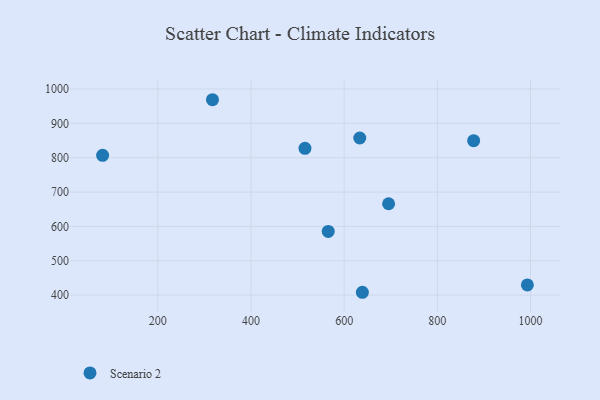
{"axis": {"x": "Study Hours", "y": "Yield"}, "legend": ["Scenario 2"], "data": [{"x": "317.3", "y": 968.8, "type": "Scenario 2"}, {"x": "81.5", "y": 806.9, "type": "Scenario 2"}, {"x": "515.9", "y": 827.2, "type": "Scenario 2"}, {"x": "639.1", "y": 408.2, "type": "Scenario 2"}, {"x": "695.4", "y": 665.9, "type": "Scenario 2"}, {"x": "633.5", "y": 857.3, "type": "Scenario 2"}, {"x": "993.3", "y": 429.7, "type": "Scenario 2"}, {"x": "878.0", "y": 849.5, "type": "Scenario 2"}, {"x": "565.8", "y": 585.5, "type": "Scenario 2"}]}